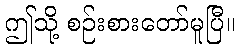
ဤသို့ စဉ်းစားတော်မူပြီ။